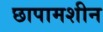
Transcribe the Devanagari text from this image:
छापामशीन